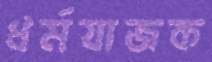
ধর্মযাজক